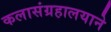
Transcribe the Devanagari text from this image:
कलासंग्रहालयाने